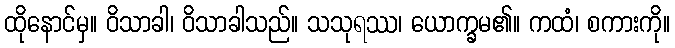
ထိုနောင်မှ။ ဝိသာခါ၊ ဝိသာခါသည်။ သသုရဿ၊ ယောက္ခမ၏။ ကထံ၊ စကားကို။